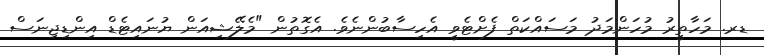
ޑރ. މަހާތީރު މުހަންމަދު މަސައްކަތް ފެށްޓެވީ އެހިސާބުންނެވެ. އެގޮތުން "މެލޭޝިއަން ޔުނައިޓެޑް އިންޑިޖިނަސް